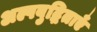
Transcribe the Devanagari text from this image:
अल्पबुद्धिताएँ